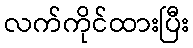
လက်ကိုင်ထားပြီး